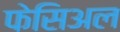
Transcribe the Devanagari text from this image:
फेसिअल